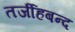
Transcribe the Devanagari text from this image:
तर्जीहबन्द